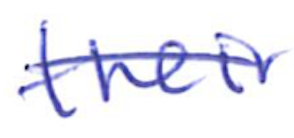
Text: their
Cross-out: diagonal
Writing tool: ballpoint